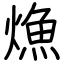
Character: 龽